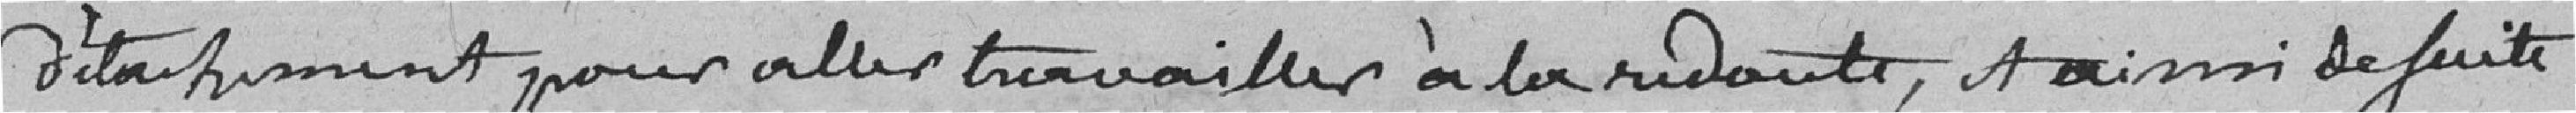
détachement pour aller travailler à la redoute, et ainsi de suite